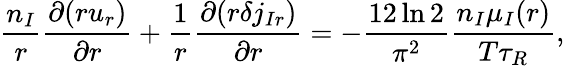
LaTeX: \frac{n_{I}}{r}\frac{\partial(ru_{r})}{\partial r}+\frac{1}{r}\frac{\partial(r\delta j_{Ir})}{\partial r}=-\frac{12\ln 2}{\pi^{2}}\frac{n_{I}\mu_{I}(r)}{T\tau_{R}},